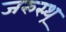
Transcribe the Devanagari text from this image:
जरुस्थ्र